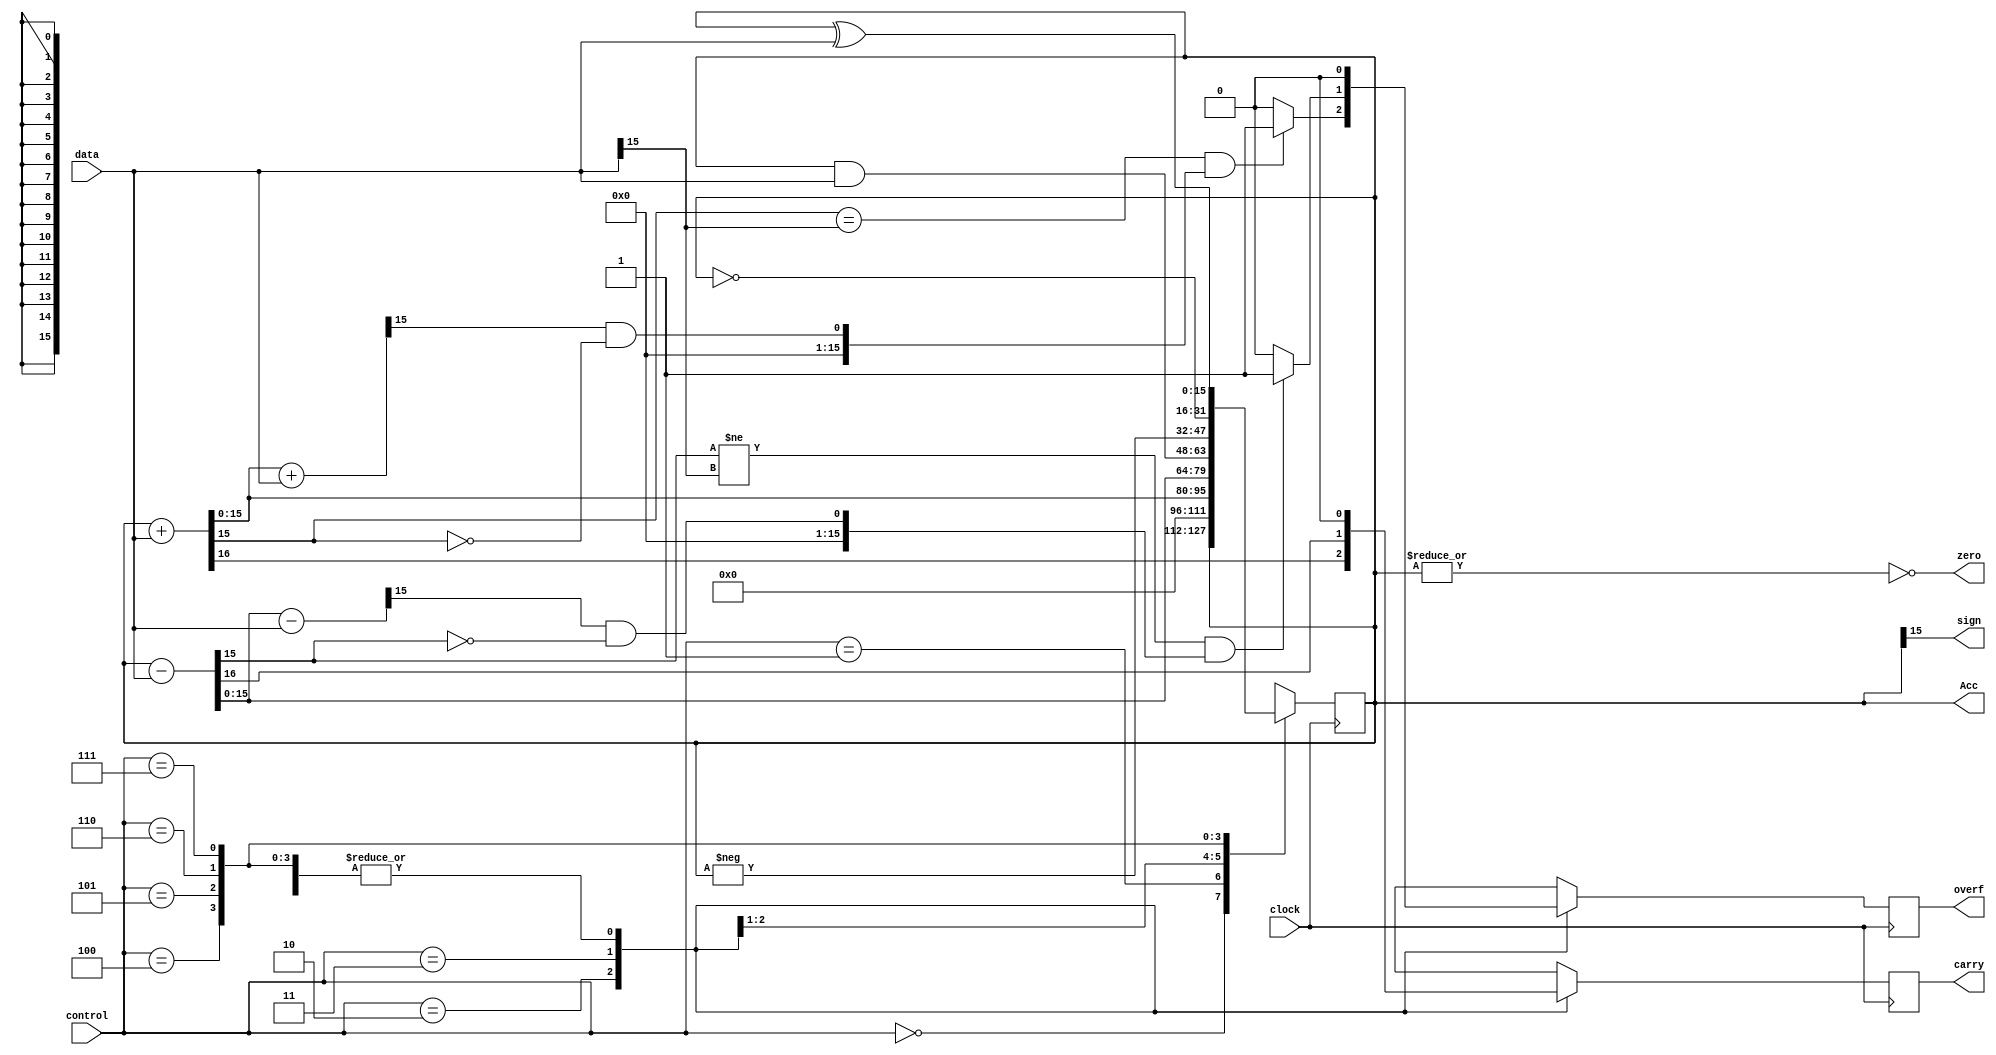
module ALU (clock, data, control, Acc, carry, zero, overf, sign);
    parameter width = 16;
    input clock;
    input [width-1 : 0] data;
    input [2:0] control;
    output reg [width-1 : 0] Acc;
    output reg carry;
    output zero;
    output reg overf;
    output sign;

    assign sign = Acc[width-1];
    assign zero = ~(|Acc[width - 1 : 0]);
    

    always @ (posedge clock)
    begin
        case (control)
            3'b000 : // Hold
            begin
                carry = 0;
                overf = 0;
            end
            3'b001 : // Clear
            begin
                Acc = 0;
                carry = 0;
                overf = 0;
            end
            3'b010 : // Add
            begin
                {carry, Acc} = Acc + data;
                if (Acc[width - 1] == data[width - 1] &&  ((Acc + data) >> (width - 1)) & 1'b1  !=  (Acc >> (width - 1))& 1'b1 )
                    overf = 1;
                else
                    overf = 0;    
            end
            3'b011 : // Sub
            begin
                {carry, Acc} = Acc - data;
                if (Acc[width - 1] != data[width - 1] &&  ((Acc - data) >> (width - 1)) & 1'b1  !=  (Acc >> (width - 1))& 1'b1 )
                    overf = 1;
                else
                    overf = 0; 
            end
            3'b100 : // And
            begin
                Acc = Acc & data;
                carry = 0;
                overf = 0;
            end
            3'b101 : // Neg
            begin
                Acc = - Acc;
                carry = 0;
                overf = 0;                
            end
            3'b110 : // Not
            begin 
                Acc = ~ Acc;
                carry = 0;
                overf = 0;                
            end
            3'b111 : // Xor
            begin
                Acc = Acc ^ data;
                carry = 0;
                overf = 0;
            end
        endcase
    end
endmodule


module TestBench;
    reg clock;
    reg [15 : 0] data;
    reg [2 : 0] control;
    wire [15 : 0] result;
    wire c;
    wire z;
    wire v;
    wire s;

    ALU alu(clock, data, control, result, c, z, v, s);
    defparam alu.width = 16;

    initial
        clock = 0;
    always
        #8 clock = ~clock;
        initial
        begin
	    $dumpfile("HW4_99101087.vcd"); $dumpvars;
            control = 3'b001; // Clear
            #20
            data = 16'd5;
            control = 3'b010; // Add
            #20
	    control = 3'b000; // Hold
            #20
            data = 16'd8;
            control = 3'b010; // Add
            #20
            data = 16'd4;
            control = 3'b011; // Sub
            #20
	    control = 3'b000; // Hold
            #20
            control = 3'b101; // Neg
            #20
            control = 3'b110; // Not
            #20
            data = 16'd15;
            control = 3'b111; // Xor
            #20
	    control = 3'b000; // Hold
            #20
            data = 16'b0001010101100110;
            control = 3'b100; // And
	    #20
            control = 3'b001; // Clear
            #20
            data = 16'd23;
            control = 3'b010; // Add
            #20
            $finish;
       end
    always @ (data, control, result, c, z, v, s)
        $display(data, control, result, c, z, v, s, $time);
endmodule